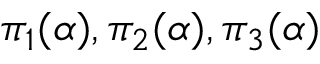
{ \pi } _ { 1 } ( \alpha ) , { \pi } _ { 2 } ( \alpha ) , { \pi } _ { 3 } ( \alpha )